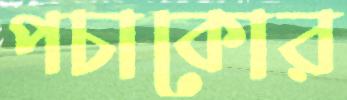
পচাকোর